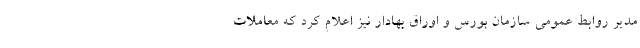
مدیر روابط عمومی سازمان بورس و اوراق بهادار نیز اعلام کرد که معاملات